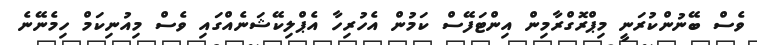
ވެސް ބޭނުންކުރަނީ މިޕްރޮގްރާމިން އިންޓަފޭސް ކަމުން އެހުރިހާ އެޕްލިކޭޝަނެއްގައި ވެސް މިއުނިކަމް ހިމެނޭނެ